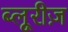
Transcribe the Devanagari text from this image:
ब्लूरीज़